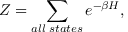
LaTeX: Z = \sum _ { a l l \; s t a t e s } e ^ { - \beta H } ,